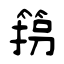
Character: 箉